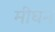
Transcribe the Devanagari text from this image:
मीघन